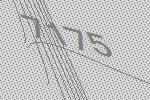
7175